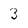
Character: 3